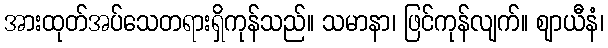
အားထုတ်အပ်သေတရားရှိကုန်သည်။ သမာနာ၊ ဖြင်ကုန်လျက်။ ဈာယီနံ၊